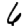
Digit: 6